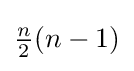
{\begin{matrix}{\frac {n}{2}}\end{matrix}}(n-1)